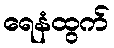
ရေနံထွက်